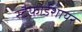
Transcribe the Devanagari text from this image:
स्टैफ़ोर्डशायर